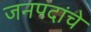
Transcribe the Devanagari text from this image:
जनपदांचे